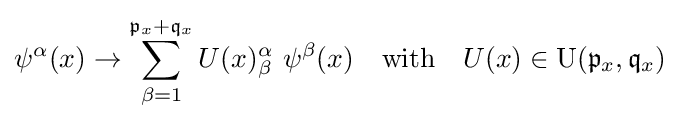
\psi ^{\alpha }(x)\rightarrow \sum _{\beta =1}^{{\mathfrak {p}}_{x}+{\mathfrak {q}}_{x}}U(x)_{\beta }^{\alpha }\,\,\psi ^{\beta }(x)\quad {\text{with}}\quad U(x)\in {\text{U}}({\mathfrak {p}}_{x},{\mathfrak {q}}_{x}){\,}